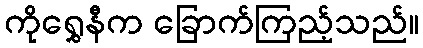
ကိုရွှေနီက ခြောက်ကြည့်သည်။